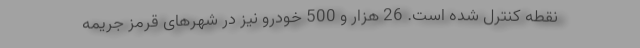
نقطه کنترل شده است. 26 هزار و 500 خودرو نیز در شهرهای قرمز جریمه